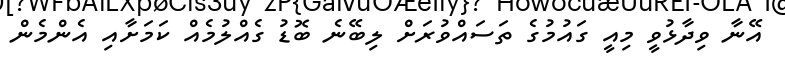
އޭނާ ވިދާޅުވީ މިއީ ގައުމުގެ ތަސައްވުރަށް ލިބޭނެ ބޮޑު ގެއްލުމެއް ކަމަށާއި އެންމެން